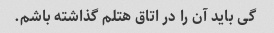
گی باید آن را در اتاق هتلم گذاشته باشم.